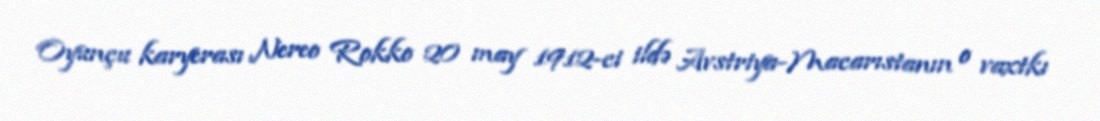
Oyunçu karyerası Nereo Rokko 20 may 1912-ci ildə Avstriya-Macarıstanın o vaxtkı